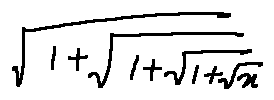
\sqrt { 1 + \sqrt { 1 + \sqrt { 1 + \sqrt { x } } } }